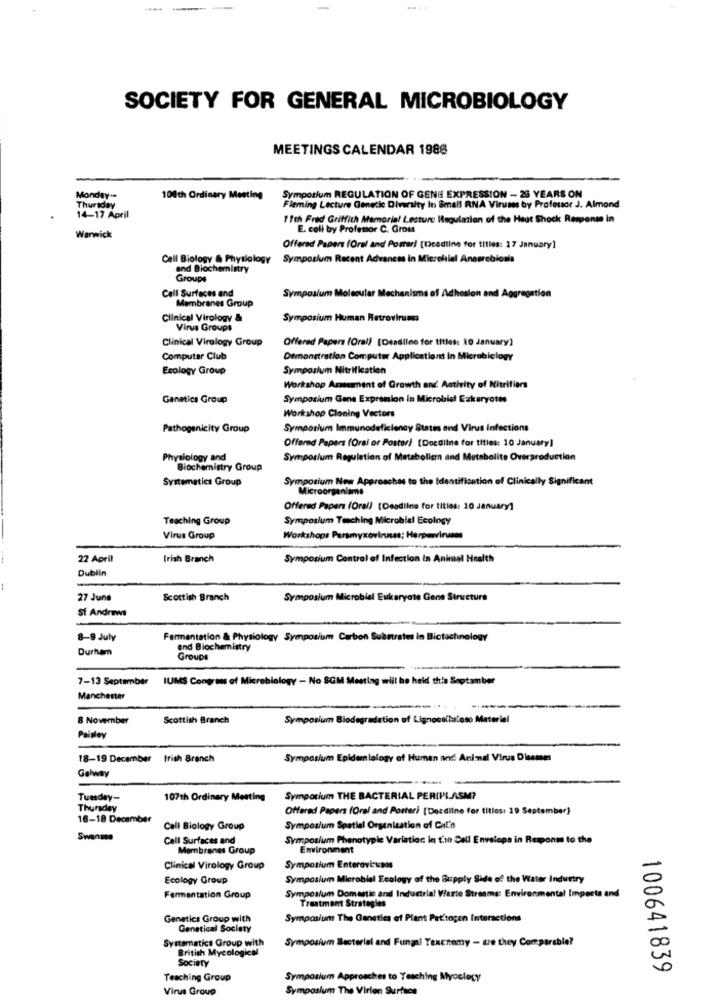
----
SOCIETY FOR GENERAL MICROBIOLOGY
MEETINGS CALENDAR 1986
Monday --
100th Ordinary Mesting
Symposium REGULATION OF GENE EXPRESSION - 25 YEARS ON
Thursday
Fleming Lecture Genetic Diversity In Small RNA Viruses by Professor J. Almond
14-17 April
1 1th Fred Griffith Memorial Lecture Meguiation of the Heat Shock Response in
E. coli by Profesor C. Gross
Warwick
Offered Papers (Oral and Poster! [Readline for titles: 17 January]
Cell Biology & Physiology
Symposium Recent Advances in Microhial Ansarebions
and Biochemistry
Groups
Call Surfaces and
Symposium Molecular Mechanisms of Adhesion and Aggregation
Membranes Group
Clinical Virology &
Symposium Human Retroviruma
Virus Groups
Clinical Virology Group
Offered Papers (Oral) (Deadline for titles: 10 January)
Computer Club
Demonstration Computer Applications in Microbiology
Ecology Group
Symposium Nitrification
Workshop Assument of Growth and Activity of Nitrifiers
Genetica Group
Symposium Gene Expression in Microbial Ezkaryotes
Workshop Cloning Vectors
Pathogenicity Group
Symposium Immunodeficiency States and Virus Infections
Offered Papers (Oral or Poster) [Docdilne for titles: 10 January]
Physiology and
Svinpos/um Regulation of Metabolicn and Metabolite Overproduction
Biochemistry Group
Systematics Group
Symposium New Approaches to the Identification of Clinically Significant
Microorganisms
Offered Papers (Oral) [Deadline for titles: 10 January]
Teaching Group
Symposium Teaching Microbial Ecology
Virus Group
Workshops Parsmyxoviruses; Herpesviruses
22 April
Irish Branch
Symposium Control of Infection in Animal Health
Dublin
27 June
Scottish Branch
Symposium Microbial Eukaryote Gene Structure
St Andrews
8-9 July
Fermentation & Physiology Symposium Carbon Substrates in Biotechnology
Durham
and Biochemistry
Groups
7-13 September
IUMS Congress of Microbiology - No SGM Meeting will be held this Soptamber
Manchester
8 November
Scottish Branch
Symposium Biodegradation of Lignocolluloso Materiel
Paisley
18-19 December
trish Branch
Symposium Epidemiology of Human and Animal Virus Diseases
Galway
Tuesday-
107th Ordinary Metting
Symposium THE BACTERIAL PERIPLASM?
Thursday
Offered Papers (Oral and Poster) [Deadline for titles: 29 September}
16-18 December
Cell Biology Group
Symposium Spatial Organization of Cal's
Swansea
Call Surfaces and
Symposium Phenotype Variation In t'in Call Envelopa in Response to the
Membranes Group
Environment
Clinical Virology Group
Symposium Enterovirusos
Ecology Group
Symposium Microbial Ecology of the Supply Side of the Water Industry
Fermentation Group
Symposium Domestic and Industrial Vierte Streams: Environmental Impacts and
Treatment Strategies
Genetics Group with
Symposium The Gensties of Plant Pattogen Interactions
Genetical Society
Systematics Group with
Symposium Sectorial and Fungal Texcnomy - Le they Comparable?
British Mycological
Society
100641839
Teaching Group
Symposium Approaches to Teaching Mycology
Virus Group
Symposium The Virien Surfses